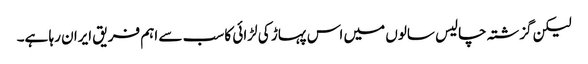
لیکن گزشتہ چالیس سالوں میں اس پہاڑ کی لڑائی کا سب سے اہم فریق ایران رہا ہے۔